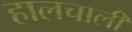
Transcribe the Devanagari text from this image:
हालचालीं